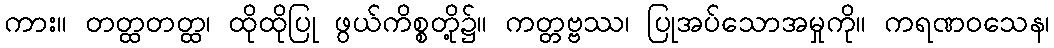
ကား။ တတ္ထတတ္ထ၊ ထိုထိုပြု ဖွယ်ကိစ္စတို့၌။ ကတ္တဗ္ဗဿ၊ ပြုအပ်သောအမှုကို။ ကရဏဝသေန၊